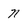
Character: n